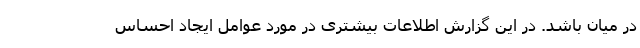
در میان باشد. در این گزارش اطلاعات بیشتری در مورد عوامل ایجاد احساس